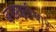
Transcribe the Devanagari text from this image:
बख्ख्तीयार